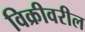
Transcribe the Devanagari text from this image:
विक्रीवरील